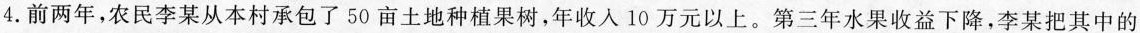
4.前两年，农民李某从本村承包了50亩土地种植果树，年收入10万元以上。第三年水果收益下降，李某把其中的